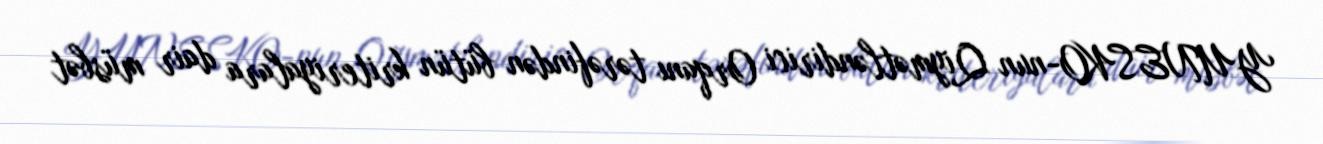
YUNESKO-nun Qiymətləndirici Orqanı tərəfindən bütün kriteriyalara dair müsbət